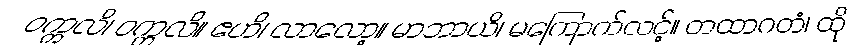
ဝက္ကလိ၊ ဝက္ကလိ။ ဧဟိ၊ လာလော့။ မာဘာယိ၊ မကြောက်လင့်။ တထာဂတံ၊ ထို